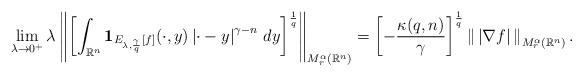
LaTeX: \begin{align*}&\lim_{\lambda\to0^+}\lambda\left\|\left[\int_{\mathbb{R}^n}\mathbf{1}_{E_{\lambda,\frac{\gamma}{q}}[f]}(\cdot,y)\left|\cdot-y\right|^{\gamma-n}\,dy\right]^\frac{1}{q}\right\|_{M_r^\alpha(\mathbb{R}^n)}=\left[-\frac{\kappa(q,n)}{\gamma}\right]^\frac{1}{q}\left\|\,\left|\nabla f\right|\,\right\|_{M_r^\alpha(\mathbb{R}^n)}.\end{align*}